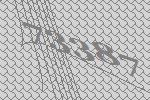
73387